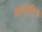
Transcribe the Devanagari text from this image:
शहापूरप्रसिद्ध